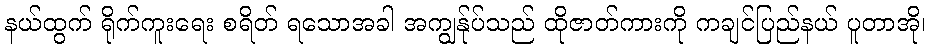
နယ်ထွက် ရိုက်ကူးရေး စရိတ် ရသောအခါ အကျွန်ုပ်သည် ထိုဇာတ်ကားကို ကချင်ပြည်နယ် ပူတာအို၊